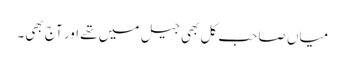
میاں صاحب کل بھی جیل میں تھے اور آج بھی۔